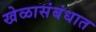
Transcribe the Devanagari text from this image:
खेळासंबंधात